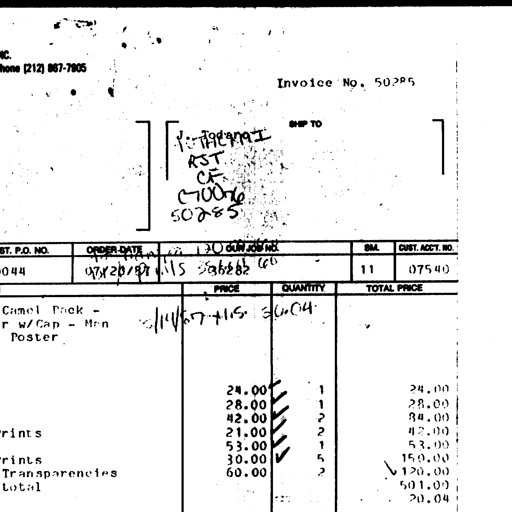
Transcript:
NC.
hone (212) 887-7905
Invoice No. 50285
SHIP TO
P-79279-I
RJT
CF
C700-76
50285
ST. P.O. NO. ORDER DATE OUR JOB NO. SM. CUST. ACCT. NO.
044 9/20/87 170
50285
ILS
60 11 07540
PRICE QUANTITY TOTAL PRICE
Camel Pack - 11/11/87 + ILS 30.04
r w/Cap - Men
Poster
24.00 ✓ 1 24.00
28.00 ✓ 1 28.00
42.00 ✓ 2 84.00
rints 21.00 ✓ 2 42.00
53.00 ✓ 1 53.00
rints 30.00 ✓ 5 150.00
Transparencies 60.00 2 ✓ 120.00
total 501.00
20.04